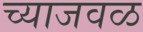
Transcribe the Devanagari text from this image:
च्याजवळ